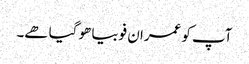
آپ کو عمران فوبیا ھو گیا ھے۔